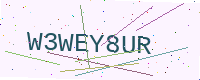
Text: W3WEY8UR